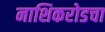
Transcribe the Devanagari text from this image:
नाशिकरोडचा